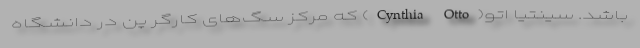
باشد. سینتیا اتو(Cynthia Otto) که مرکز سگ‌های کارگر پن در دانشگاه